Vaccination in the Punjab 1905-1918 - 1905-1918
Year: 1905
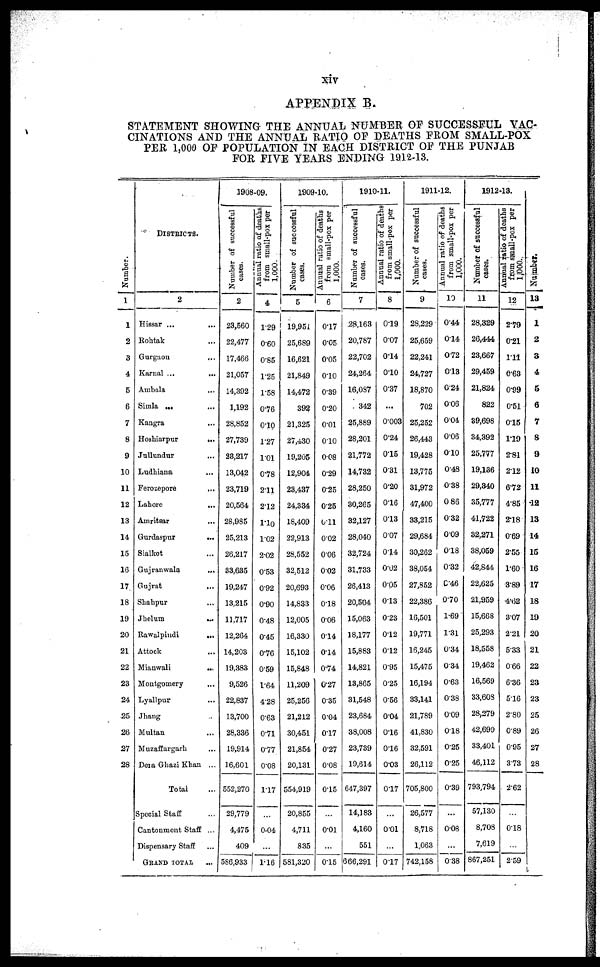
xiv
APPENDIX B.
STATEMENT SHOWING THE ANNUAL NUMBER OF SUCCESSFUL VAC-
CINATIONS AND THE ANNUAL RATIO OF DEATHS FROM SMALL-POX
PER 1,000 OF POPULATION IN EACH DISTRICT OF THE PUNJAB
FOR FIVE YEARS ENDING 1912-13.
Number.
1
1
2
3
4
5
6
7
8
9
10
11
12
13
14
15
16
17
18
19
20
21
22
23
24
25
26
27
28
DISTRICTS.
2
Hissar ...
...
Rohtak ...
Gurgaon
...
Karnal ...
...
Ambala ...
Simla ... ...
Kangra ...
Hoshiarpur
...
Jullundur ...
Ludhiana ...
Ferozepore
...
Lahore
...
Amritsar
...
Gurdaspur
...
Sialkot ...
Gujranwala
...
Gujrat
...
Shahpur ...
Jhelum
...
Rawalpindi
...
Attock ...
Mianwali
...
Montgomery ...
Lyallpur ...
Jhang ...
Multan ...
Muzaffargarh ...
Dera Ghazi Khan ...
Total ...
Special Staff ...
Cantonment Staff ...
Dispensary Staff ...
GRAND TOTAL ...
1908-09.
Number of successful
cases.
2
23,560
22,477
17,466
21,057
14,392
1,192
28,852
27,739
23,217
13,042
23,719
20,564
28,985
25,213
26,217
33,635
19,247
13,215
11,717
12,264
14,203
19,383
9,526
22,837
13,700
28,336
19,914
16,601
552,270
29,779
4,475
409
586,933
Annual ratio of deaths
from small-pox per
1,000.
4
1.29
0.60
0.85
1.25
1.58
0.76
0.10
1.27
1.01
0.78
2.11
2.12
1.10
1.02
2.02
0.53
0.92
0.90
0.48
0.45
0.76
0.59
1.64
4.28
0.63
0.71
0.77
0.08
1.17
...
0.04
...
1.16
1909-10.
Number of successful
cases.
5
19,951
25,689
16,621
21,849
14,472
392
21,325
27,430
19,205
12,904
23,437
24,334
18,409
22,913
28,552
32,512
20,693
14,833
12,005
16,330
15,102
15,848
11,209
25,256
21,212
30,451
21,854
20,131
554,919
20,855
4,711
835
581,320
Annual ratio of deaths
from small-pox per
1,000.
6
0.17
0.05
0.05
0.10
0.39
0.20
0.01
0.10
0.08
0.29
0.25
0.25
0.11
0.02
0.06
0.02
0.06
0.18
0.06
0.14
0.14
0.74
0.27
0.35
0.04
0.17
0.27
0.08
0.15
...
0.01
...
0.15
1910-11.
Number of successful
cases.
7
28,163
20,787
22,702
24,264
16,087
342
25,889
28,201
21,772
14,732
28,250
30,265
32,127
28,040
32,724
31,733
26,413
20,504
15,063
18,177
15,883
14,821
13,865
31,548
23,684
38,008
23,739
19,614
647,397
14,183
4,160
551
666,291
Annual ratio of deaths
from small-pox per
1,000.
8
0.19
0.07
0.14
0.10
0.37
...
0.003
0.24
0.15
0.31
0.20
0.16
0.13
0.07
0.14
0.02
0.05
0.13
0.23
0.12
0.12
0.95
0.25
0.56
0.04
0.16
0.16
0.03
0.17
...
0.01
...
0.17
1911-12.
Number of successful
cases.
9
28,229
25,659
22,241
24,727
18,870
702
25,252
26,443
19,428
13,775
31,972
47,400
33,215
29,684
30,262
38,054
27,852
22,386
16,501
19,771
16,245
15,475
16,194
33,141
21,789
41,830
32,591
26,112
705,800
26,577
8,718
1,063
742,158
Annual ratio of deaths
from small-pox per
1,000.
10
0.44
0.14
0.72
0.13
0.24
0.06
0.04
0.06
0.10
0.48
0.38
0.86
0.32
0.09
0.18
0.32
0.46
0.70
1.69
1.31
0.34
0.34
0.63
0.38
0.09
0.18
0.25
0.25
0.39
...
0.08
...
0.38
1912-13.
Number of successful
cases.
11
28,329
26,444
23,667
29,459
21,824
822
39,698
34,392
25,777
19,136
29,340
35,777
41,722
32,271
38,059
42,844
22,625
21,959
15,668
25,293
18,558
19,462
16,569
33,608
28,279
42,699
33,401
46,112
793,794
57,130
8,708
7,619
867,251
Annual ratio of deaths
from small-pox per
1,000.
12
2.79
0.21
1.11
0.63
0.99
0.51
0.15
1.19
2.81
2.12
6.72
4.85
2.18
0.69
2.55
1.60
3.89
4.62
3.07
2.21
5.33
0.66
6.36
5.16
2.80
0.89
0.95
3.73
2.62
...
0.18
...
2.59
Number.
13
1
2
3
4
5
6
7
8
9
10
11
12
13
14
15
16
17
18
19
20
21
22
23
23
25
26
27
28